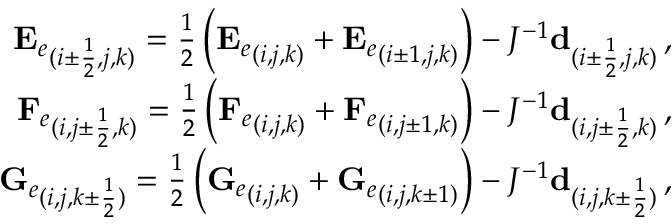
\begin{array} { r } { { \mathbf { E } _ { e } } _ { ( i \pm \frac { 1 } { 2 } , j , k ) } = \frac { 1 } { 2 } \left( { \mathbf { E } _ { e } } _ { ( i , j , k ) } + { \mathbf { E } _ { e } } _ { ( i \pm 1 , j , k ) } \right) - J ^ { - 1 } \mathbf { d } _ { ( i \pm \frac { 1 } { 2 } , j , k ) } \, \mathrm { , } } \\ { { \mathbf { F } _ { e } } _ { ( i , j \pm \frac { 1 } { 2 } , k ) } = \frac { 1 } { 2 } \left( { \mathbf { F } _ { e } } _ { ( i , j , k ) } + { \mathbf { F } _ { e } } _ { ( i , j \pm 1 , k ) } \right) - J ^ { - 1 } \mathbf { d } _ { ( i , j \pm \frac { 1 } { 2 } , k ) } \, \mathrm { , } } \\ { { \mathbf { G } _ { e } } _ { ( i , j , k \pm \frac { 1 } { 2 } ) } = \frac { 1 } { 2 } \left( { \mathbf { G } _ { e } } _ { ( i , j , k ) } + { \mathbf { G } _ { e } } _ { ( i , j , k \pm 1 ) } \right) - J ^ { - 1 } \mathbf { d } _ { ( i , j , k \pm \frac { 1 } { 2 } ) } \, \mathrm { , } } \end{array}